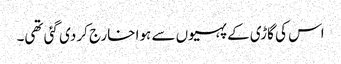
اس کی گاڑی کے پہیوں سے ہوا خارج کر دی گئی تھی۔